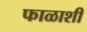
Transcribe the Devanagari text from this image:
फाळाशी